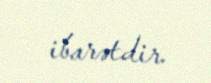
ibarətdir.